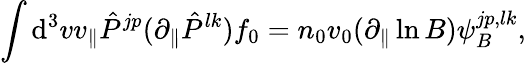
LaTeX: \int\mathrm{d}^{3}vv_{\| }\hat{P}^{jp}(\partial_{\| }\hat{P}^{lk})f_{0}=n_{0}v_{0}(\partial_{\| }\ln B)\psi_{B}^{jp,lk},